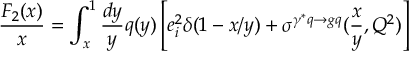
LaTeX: \frac { F _ { 2 } ( x ) } { x } = \int _ { x } ^ { 1 } \frac { d y } { y } q ( y ) \left[ e _ { i } ^ { 2 } \delta ( 1 - x / y ) + \sigma ^ { \gamma ^ { * } q \to g q } ( \frac { x } { y } , Q ^ { 2 } ) \right]